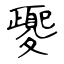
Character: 夒